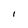
Character: I